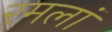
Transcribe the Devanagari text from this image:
रमलां